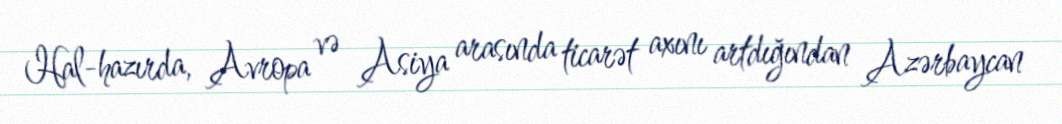
Hal-hazırda, Avropa və Asiya arasında ticarət axını artdığından Azərbaycan